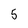
Character: 5